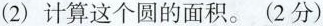
(2)计算这个圆的面积。(2分)